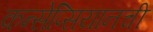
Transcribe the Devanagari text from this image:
कन्सेप्सियानची